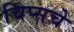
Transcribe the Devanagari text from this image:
चिप्सचे